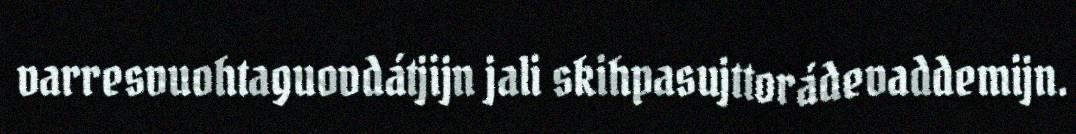
varresvuohtaguovdátjijn jali skihpasujttorádevaddemijn.